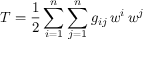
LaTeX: T = { \frac { 1 } { 2 } } \sum _ { i = 1 } ^ { n } \sum _ { j = 1 } ^ { n } g _ { i j } \, w ^ { i } \, w ^ { j }